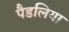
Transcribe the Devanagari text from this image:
पैडलिया